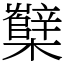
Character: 櫱